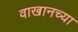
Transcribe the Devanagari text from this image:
वाखानच्या